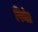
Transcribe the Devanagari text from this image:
पिनेट